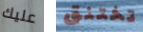
عليك تختنق